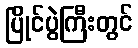
ပြိုင်ပွဲကြီးတွင်